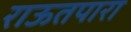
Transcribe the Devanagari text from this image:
राऊतपारा